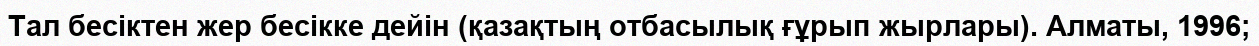
Тал бесіктен жер бесікке дейін (қазақтың отбасылық ғұрып жырлары). Алматы, 1996;